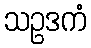
သဥဒကံ